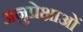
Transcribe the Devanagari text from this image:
अनुप्रेक्षाओं